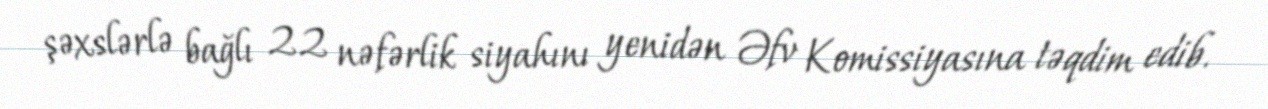
şəxslərlə bağlı 22 nəfərlik siyahını yenidən Əfv Komissiyasına təqdim edib.